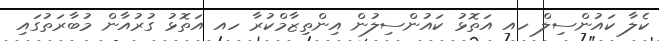
ކެލާ ކައުންސިލް ހއ އަތޮޅު ކައުންސިލުން އިންތިޒާމްކުރާ ހއ އަތޮޅު ގުރުއާން މުބާރަތުގައި